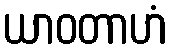
ယာဝတာဟံ